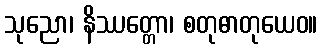
သုညော၊ နိဿတ္တော၊ စတုဓာတုယေဝ။